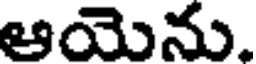
ఆయెను.